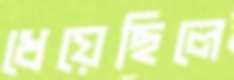
ধেয়েছিলে